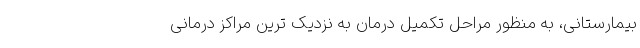
بیمارستانی، به منظور مراحل تکمیل درمان به نزدیک ترین مراکز درمانی